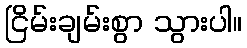
ငြိမ်းချမ်းစွာ သွားပါ။